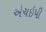
એચઇપી